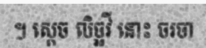
។ ស្តេច លិច្ឆវី នោះ ចរចា